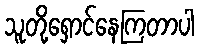
သူတို့ရှောင်နေကြတာပါ